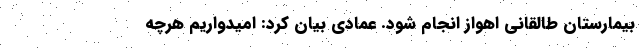
بیمارستان طالقانی اهواز انجام شود. عمادی بیان کرد: امیدواریم هرچه